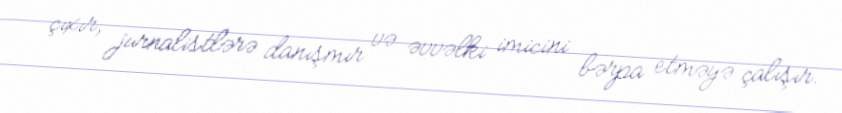
çıxır, jurnalistlərə danışmır və əvvəlki imicini bərpa etməyə çalışır.